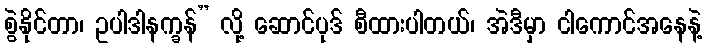
စွဲနိုင်တာ၊ ဥပါဒါနက္ခန်” လို့ ဆောင်ပုဒ် စီထားပါတယ်၊ အဲဒီမှာ ငါကောင်အနေနဲ့